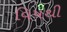
વિષથી